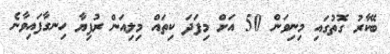
ބޭކާރު ގޮތުގައި މިނިވަން 50 އަށް މިފަދަ ކިތައް މިލިއަން ރުފިޔާ ހިނގާފައިވާނެ